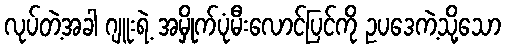
လုပ်တဲ့အခါ ဂျူးရဲ့ အမှိုက်ပုံမီးလောင်ပြင်ကို ဥပဒေကဲ့သို့သော